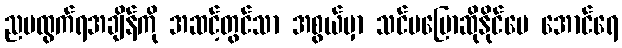
ညမထွက်ရအချိန်ကို အဆင့်တွင်သာ အစွယ်မှာ သင်မပြောဆိုနိုင်ပေ အောင်ရေ